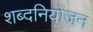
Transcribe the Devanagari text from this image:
शब्दनियोजन